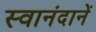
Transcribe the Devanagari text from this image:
स्वानंदानें